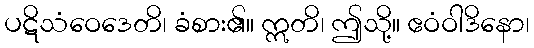
ပဋိသံဝေဒေတိ၊ ခံစား၏။ ဣတိ၊ ဤသို့။ ဧဝံဝါဒိနော၊